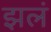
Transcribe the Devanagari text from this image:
झलं